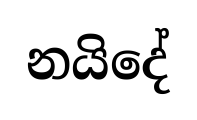
නයිදේ